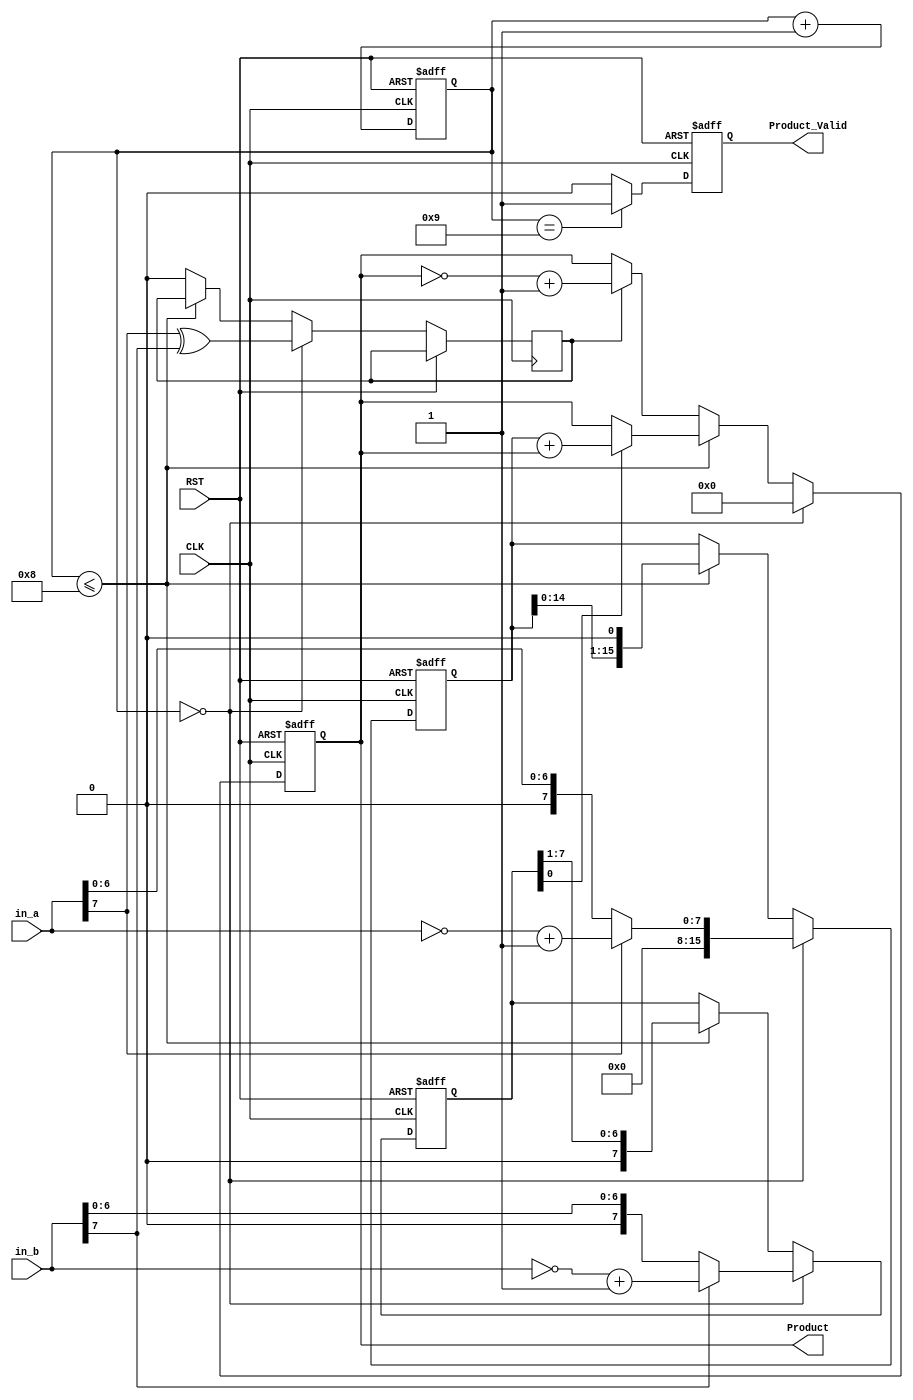
`timescale 1ns/1ps
module lab(CLK, RST, in_a, in_b, Product, Product_Valid);
					// in_a * in_b = Product
					// in_a is Multiplicand , in_b is Multiplier
input 			CLK, RST;
input 	[7:0]	in_a;	// Multiplicand
input 	[7:0]	in_b;	// Multiplier
output 	[15:0]  Product;
output  		Product_Valid;

reg 	[15:0]	Mplicand;
reg 	[7:0]	Mplier;
reg 	[15:0]	Product;
reg 			Product_Valid;
reg 	[5:0]	Counter ;
reg				sign;	//isSigned

//Counter
always @(posedge CLK or posedge RST)
begin
	if(RST)
		Counter <=6'b0;
	else
		Counter <= Counter + 6'b1;

end

//Product
always @(posedge CLK or posedge RST)
begin
	if(RST) begin
		Product  <= 16'b0;
		Mplicand <= 16'b0;
		Mplier   <= 8'b0;
	end 
	else if(Counter == 6'd0) begin
	/* write down your design below */
		Product	 	<= 16'b0;
		if(in_a[7]==1'b1)	//if Multiplicand is negative
			Mplicand <= {8'b0, (~in_a)+8'b1};	//change it into two's complement
		else	//if Multiplicand is positive
			Mplicand <= {8'b0, in_a};	//just change it into sixteen bits
		if(in_b[7]==1'b1)	//if Mpltiplier is negative
			Mplier <= (~in_b)+8'b1;	//change it into two's complement
		else	//if Mplier is positive
			Mplier <= in_b;	//just assign it to Mplier
		sign <= in_a[7]^in_b[7];	//the result's sign = Mplicand sign xor Mplier sign

	/* write down your design upon */
	end 
	else if(Counter <=6'd8) 
	begin
	/* write down your design below */
		if(Mplier[0] == 1'b1)	//if Mplier[0] == 1
			Product <= Mplicand+Product;	//Product += Mplicand
		Mplicand <= Mplicand<<1;	//Mplicand left shift
		Mplier <= Mplier>>1;	//Mplier right shift

	/* write down your design upon */
	end 
	else begin
	/* write down your design below */
		if(sign)	//if result is negative
		begin
			Product <= ~Product+16'b1;	//change it into two's complement
			sign <= 1'b0;
		end
		else	//else
			Product 	<= Product;	//is the answer
	/* write down your design upon */		
		Mplicand	<= Mplicand;
		Mplier 		<= Mplier;
	end
end

//Product_Valid
always @(posedge CLK or posedge RST)
begin
	if(RST)
		Product_Valid <=1'b0;
	else if(Counter==6'd9)
		Product_Valid <=1'b1;
	else
		Product_Valid <=1'b0;
end

endmodule